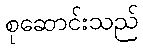
စုဆောင်းသည်